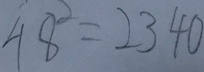
4 8 ^ { 2 } = 2 3 4 0